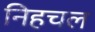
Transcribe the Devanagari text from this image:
निहचल